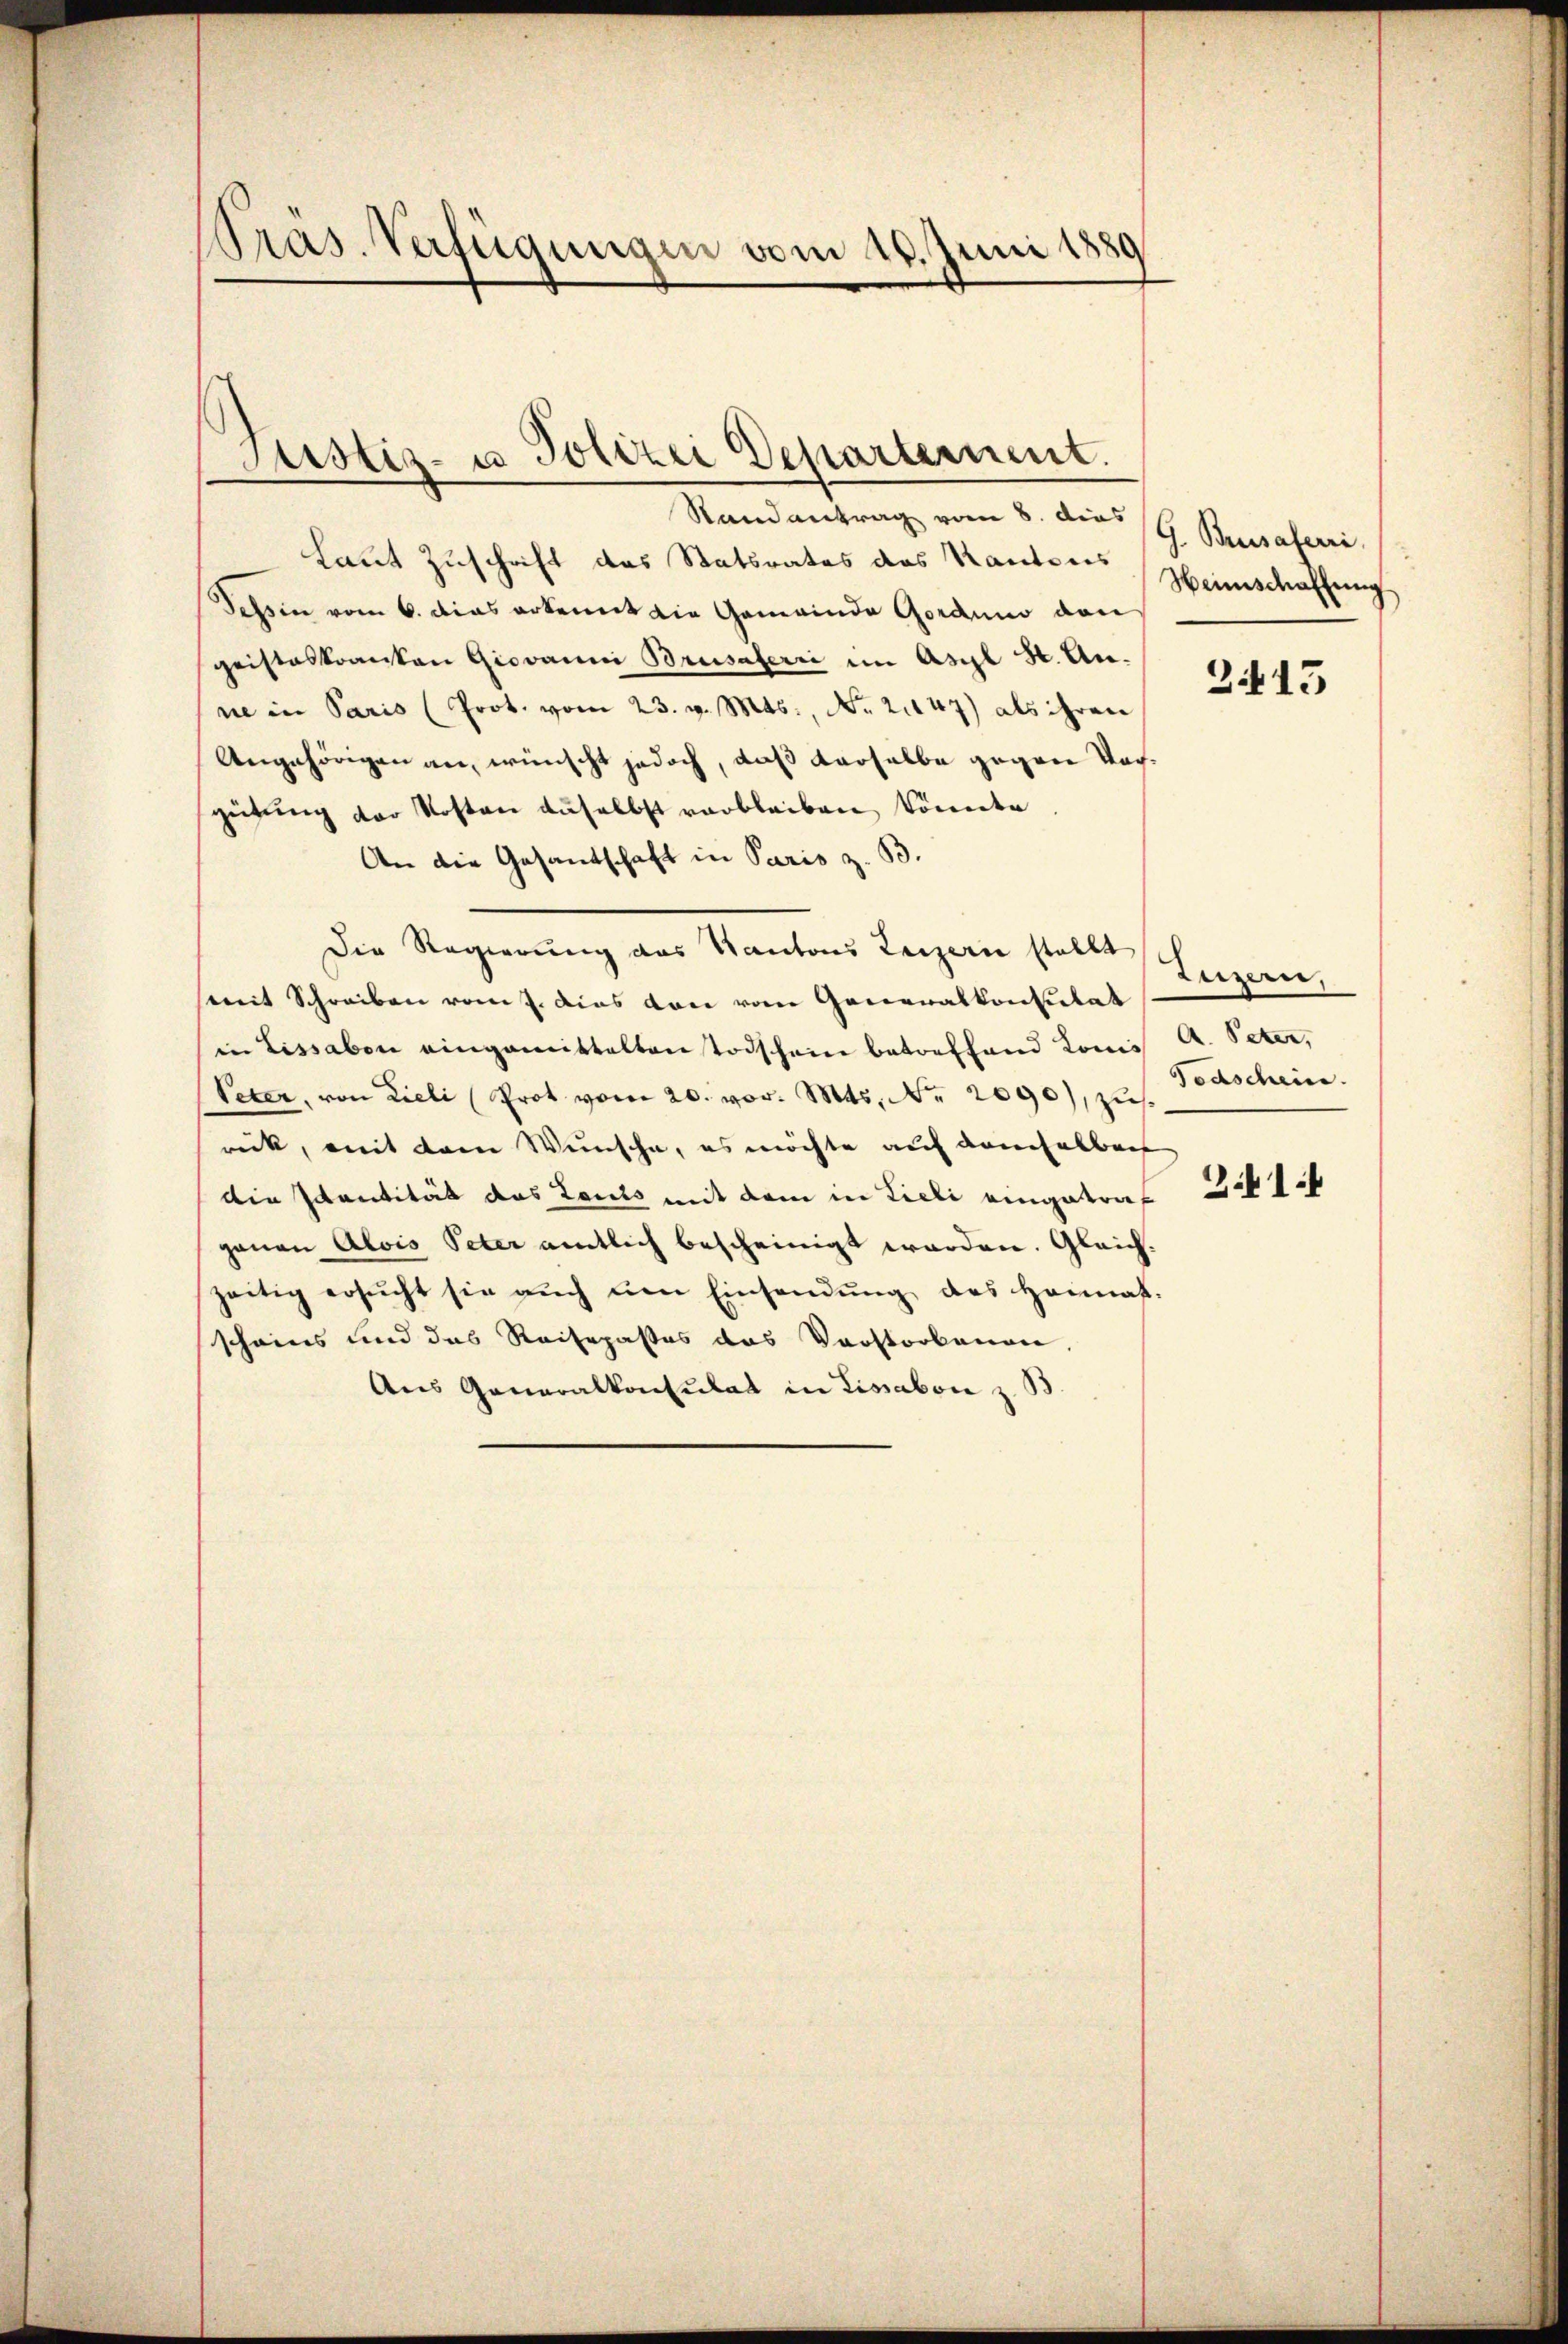
Präs. Verfügungen vom 16. Juni 1880

Justiz- u Polizei Departement.

Randantrag vom 8. dies G. Bossaferri
Laut Zuschrift des Statsrates des Kanteres Heimschaffung
Tessin vom 6. dies erkennt die Gemeinde Gorduno den
geisteskranken Giovanni Brusalerii im Asyl H. Anne in Paris (Prot. vom 23. v. Mts., Nr. 21147) als ihren
Angehörigen an, wünscht jedoch, daß derselbe gegen Vorgütung der Kosten daselbst verbleiben, könnte
An die Gesandtschaft in Paris z. B.
Die Regierung des Kantons Leigern stellt
mit Schreiben vom J. dies von von Generalkonsulat
in Lissabon eingemittalten Todschein betreffend Kons A. Peter,
Peten, von Lieli (Prot vom 20. vor. Mts. No. 2090), zus.
rick, mit dem Wunsche, es möchte auf demselber
die Identität das Louis mit dem in Lieli eingetraf
ganen Alois Peter amtlich bescheinigt worden. Gleichzeitig ersŭcht sie aŭch ŭm Einsendŭng des Heimat.
scheins und das Reisepastes das Verstorbenen,
Aus Generalkonsulat in Lissabon z. B

2443

Luzern.
Todschein.
3.414